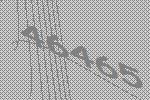
46465